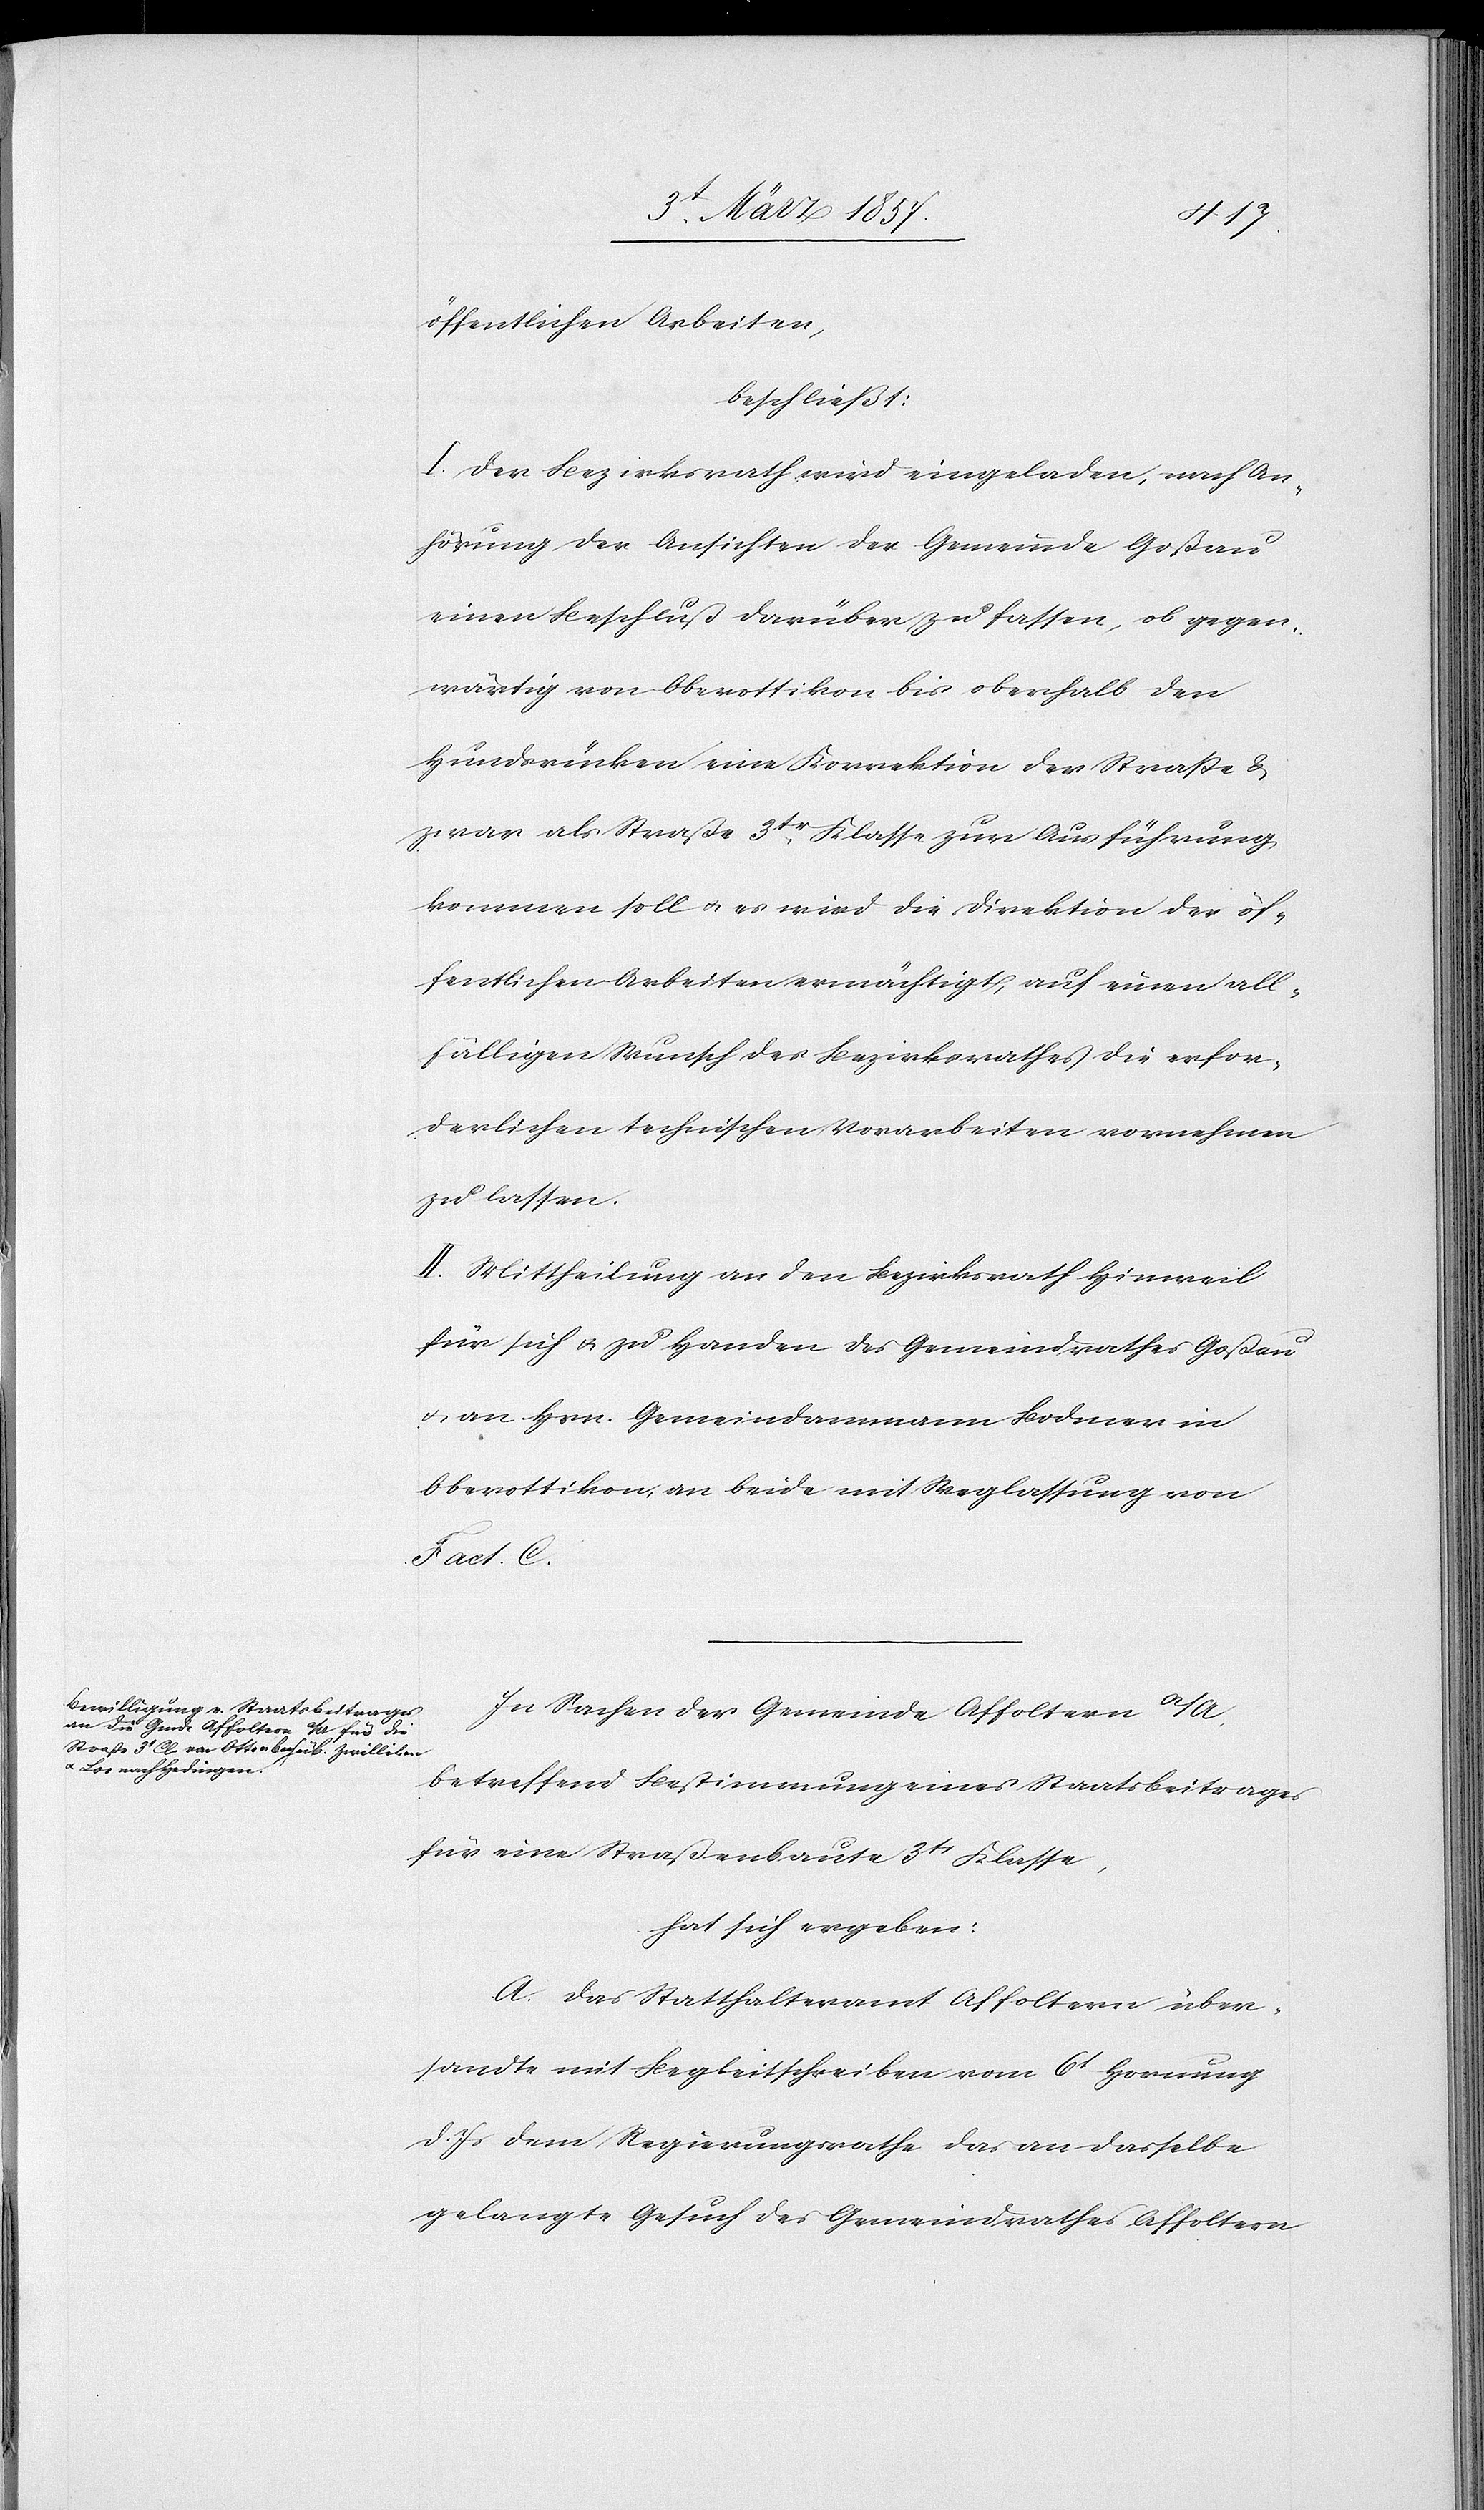
öffentlichen Arbeiten
beschließt:
I. Der Bezirksrath wird eingeladen, nach An¬
hörung der Ansichten der Gemeinde Goßau
einen Beschluß darüber zu fassen ob gegen¬
wärtig von Oberottikon bis oberhalb den
Hundsrücken eine Korrektion der Straße &
zwar als Straße 3tr Klasse zur Ausführung
kommen soll u. es wird die Direktion der öf¬
fentlichen Arbeiten ermächtigt, auf einen all¬
fälligen Wunsch des Bezirksrathes die erfor¬
derlichen technischen Vorarbeiten vornehmen
zu lassen.
II. Mittheilung an den Bezirksrath Hinweil
für sich u. zu Handen des Gemeindrathes Goßau
u. an Hrn. Gemeindammann Bodmer in
Oberottikon, an beide mit Weglassung von
Fact. C.
In Sachen der Gemeinde Affoltern a/A,
betreffend Bestimmung eines Staatsbeitrages
für eine Straßenbaute 3tr Klasse,
hat sich ergeben:
A. Das Statthalteramt Affoltern über¬
sandte mit Begleitschreiben vom 6t Hornung
d. Js dem Regierungsrathe das an dasselbe
gelangte Gesuch des Gemeindrathes Affoltern